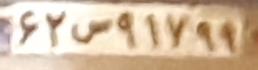
۶۲س۹۱۷۹۹